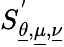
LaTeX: S_{\underline{{\theta}},\underline{{\mu}},\underline{{\nu}}}^{'}